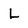
Character: L